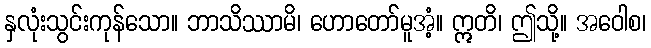
နှလုံးသွင်းကုန်သော။ ဘာသိဿာမိ၊ ဟောတော်မူအံ့။ ဣတိ၊ ဤသို့။ အဝေါစ၊